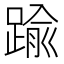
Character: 踰